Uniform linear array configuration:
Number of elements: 24
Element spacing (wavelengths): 1
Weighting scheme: exponential
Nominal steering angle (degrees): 30
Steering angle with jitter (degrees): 30.94
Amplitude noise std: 0.05
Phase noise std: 0.05

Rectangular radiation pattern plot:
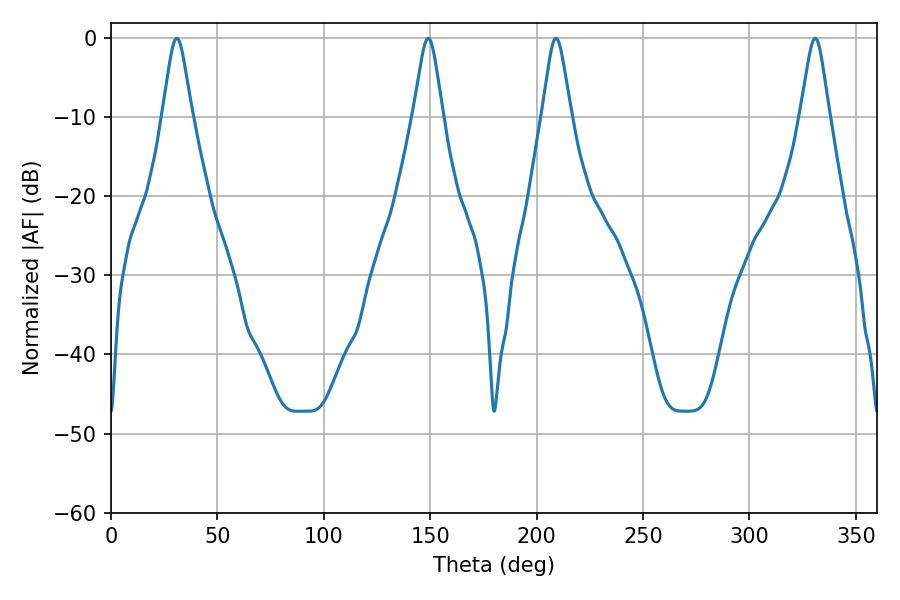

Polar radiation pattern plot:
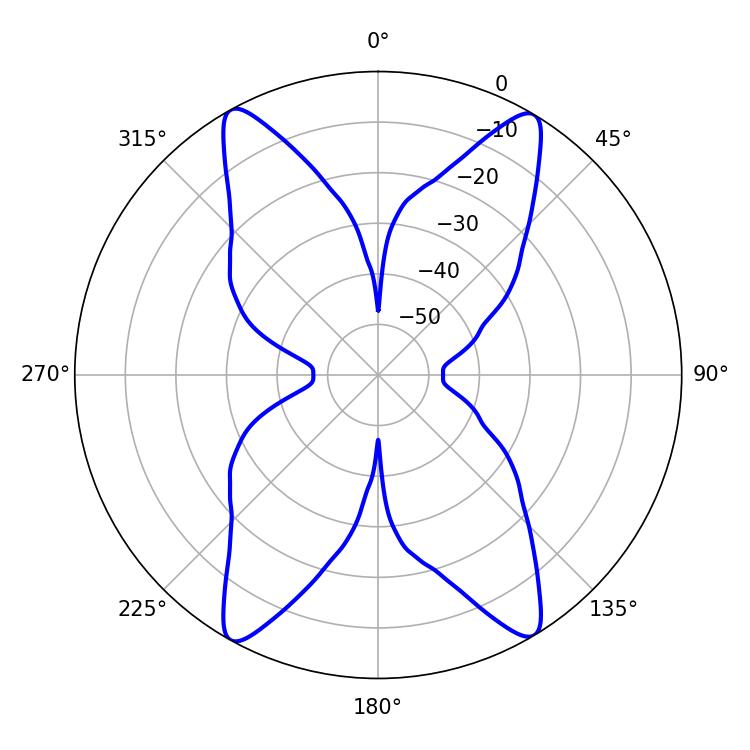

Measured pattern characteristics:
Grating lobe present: TRUE
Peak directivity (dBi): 23.558
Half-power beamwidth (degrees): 6.48
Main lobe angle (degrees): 30.96